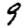
Digit: 9